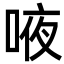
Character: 㖡